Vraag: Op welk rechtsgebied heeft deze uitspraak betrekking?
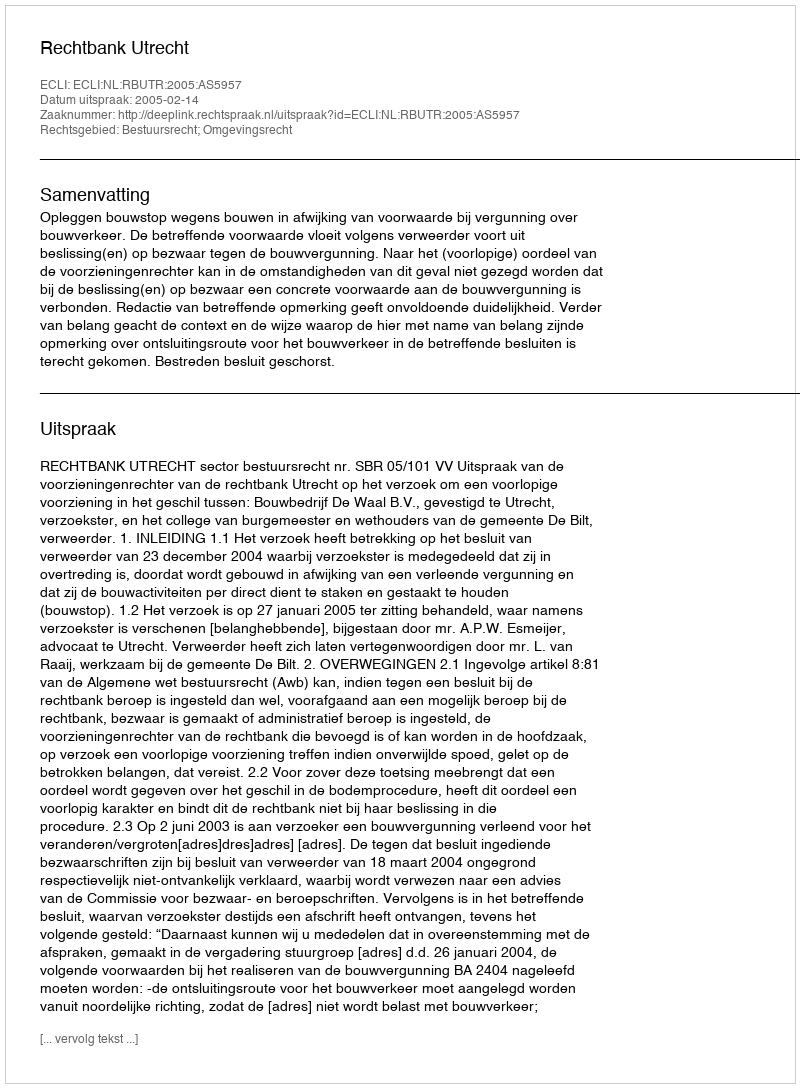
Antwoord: Bestuursrecht; Omgevingsrecht